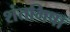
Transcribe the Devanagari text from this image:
शंतभिषा